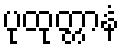
ပုထုတ္တာနံ